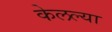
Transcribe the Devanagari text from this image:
केलल्या